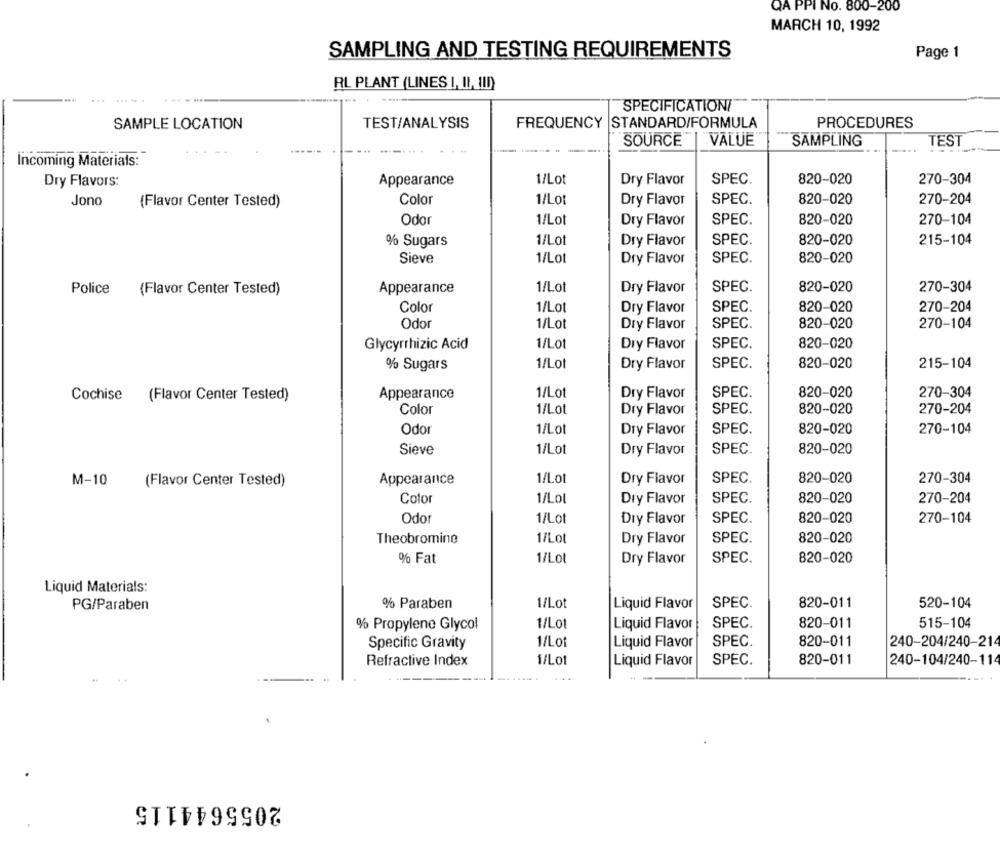
QA PPI No. 800-200
MARCH 10, 1992
SAMPLING AND TESTING REQUIREMENTS
Page 1
RL PLANT (LINES I, II, III)
.....
SPECIFICATIONI
SAMPLE LOCATION
TEST/ANALYSIS
FREQUENCY STANDARD/FORMULA
PROCEDURES
SOURCE
"VALUE"
SAMPLING
TEST
........ ...
Incoming Materials:
1/Lot
Dry Flavor
820-020
270-304
Dry Flavors:
Appearance
SPEC.
Jono
(Flavor Center Tested)
Color
1/Lot
Dry Flavor
SPEC.
820-020
270-204
Odor
1/Lot
Dry Flavor
SPEC.
820-020
270-104
SPEC.
820-020
215-104
% Sugars
1/Lot
Dry Flavor
1/Lot
SPEC.
Sieve
Dry Flavor
820-020
Police
(Flavor Center Tested)
Appearance
1/Lot
Dry Flavor
SPEC.
820-020
270-304
Color
1/Lot
Dry Flavor
SPEC.
820-020
270-204
Odor
1/Lot
Dry Flavor
SPEC.
820-020
270-104
Glycyrrhizic Acid
1/Lot
Dry Flavor
SPEC.
820-020
% Sugars
1/Lot
Dry Flavor
SPEC.
820-020
215-104
Appearance
1/Lot
Dry Flavor
SPEC.
820-020
270-304
Cochise (Flavor Center Tested)
Color
1/Lot
Dry Flavor
SPEC.
820-020
270-204
Odo
1/Lot
SPEC.
270-104
Dry Flavor
820-020
Sieve
1/Lot
Dry Flavor
SPEC.
820-020
Appearance
1/Lot
Dry Flavor
SPEC.
820-020
270-304
M-10
(Flavor Center Tested)
Color
1/Lol
SPEC.
820-020
Dry Flavor
270-204
Odor
1/Lo
Dry Flavor
SPEC.
820-020
270-104
Theobromine
1/Lot
Dry Flavor
SPEC.
820-020
1/Lot
% Fat
Dry Flavor
SPEC.
820-020
Liquid Materials:
PG/Paraben
% Paraben
1/Lot
Liquid Flavor
SPEC.
820-011
520-104
% Propylene Glycol
1/Lot
Liquid Flavor
SPEC.
820-011
515-104
I/Lot
Liquid Flavor
SPEC.
820-011
240-204/240-214
Specific Gravity
1/Lot
SPEC.
820-011
240-104/240-11
Refractive Index
Liquid Flavor
2055644115